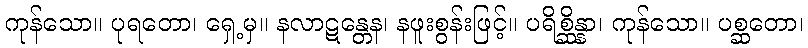
ကုန်သော။ ပုရတော၊ ရှေ့မှ။ နလာဋန္တေန၊ နဖူးစွန်းဖြင့်။ ပရိစ္ဆိန္နာ၊ ကုန်သော။ ပစ္ဆတော၊